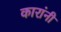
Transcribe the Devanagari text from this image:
कारांनी